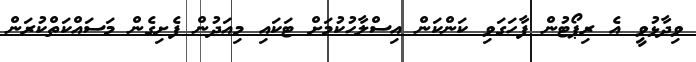
ވިދާޅުވީ އެ ރިޕޯޓުން ފާހަގަވި ކަންކަން އިސްލާހުކުމަށް ޓަކައި މިއަދުން ފެށިގެން މަސައްކަތްކުރަން